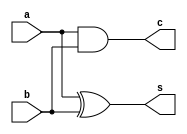
module ha(output c,s,input a,b);

assign s=a^b;
assign c=a&b;

endmodule